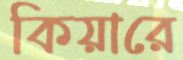
কিয়ারে